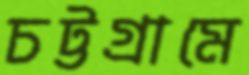
চট্টগ্রামে